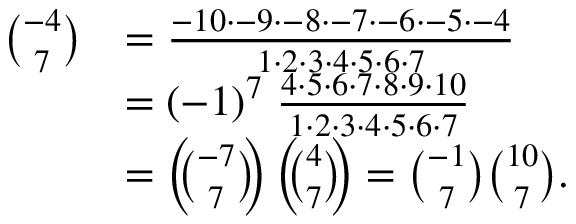
{ \begin{array} { r l } { { \binom { - 4 } { 7 } } } & { = { \frac { - 1 0 \cdot - 9 \cdot - 8 \cdot - 7 \cdot - 6 \cdot - 5 \cdot - 4 } { 1 \cdot 2 \cdot 3 \cdot 4 \cdot 5 \cdot 6 \cdot 7 } } } \\ & { = ( - 1 ) ^ { 7 } \; { \frac { 4 \cdot 5 \cdot 6 \cdot 7 \cdot 8 \cdot 9 \cdot 1 0 } { 1 \cdot 2 \cdot 3 \cdot 4 \cdot 5 \cdot 6 \cdot 7 } } } \\ & { = \left( \! \! { \binom { - 7 } { 7 } } \! \! \right) \left( \! \! { \binom { 4 } { 7 } } \! \! \right) = { \binom { - 1 } { 7 } } { \binom { 1 0 } { 7 } } . } \end{array} }